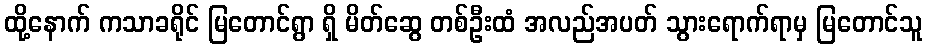
ထို့နောက် ကသာခရိုင် မြတောင်ရွာ ရှိ မိတ်ဆွေ တစ်ဦးထံ အလည်အပတ် သွားရောက်ရာမှ မြတောင်သူ